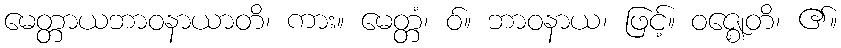
မေတ္တာယဘာဝနာယာတိ၊ ကား။ မေတ္တံ၊ ဝ်။ ဘာဝနာယ၊ ဖြင့်။ ဝဇ္ဈေတိ၊ ၏။